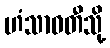
ဟံသာဝတီသို့